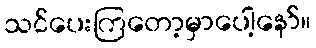
သင်ပေးကြတော့မှာပေါ့နော်။